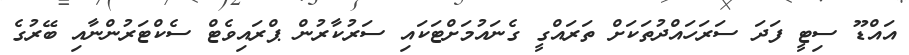
އައްޑޫ ސިޓީ ފަދަ ސަރަހައްދުތަކަށް ތަރައްގީ ގެނައުމަށްޓަކައި ސަރުކާރުން ޕްރައިވެޓް ސެކްޓަރުންނާއި ބޭރުގެ